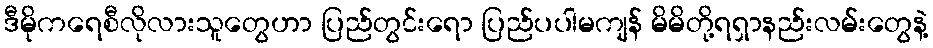
ဒီမိုကရေစီလိုလားသူတွေဟာ ပြည်တွင်းရော ပြည်ပပါမကျန် မိမိတို့ရရှာနည်းလမ်းတွေနဲ့